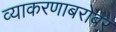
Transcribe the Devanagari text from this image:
व्याकरणाबरोबर